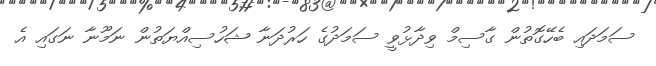
ސަމަދައި ބެހޭގޮތުން ގާސިމް ވިދާޅުވީ ސަމަދުގެ ހަރުދަނާ ޝަހުސިއްޔަތުން ނަމޫނާ ނަގައި އެ